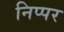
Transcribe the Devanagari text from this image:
निप्पर